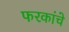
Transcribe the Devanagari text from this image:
फरकांचे